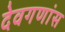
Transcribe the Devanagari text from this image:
देवगणांस